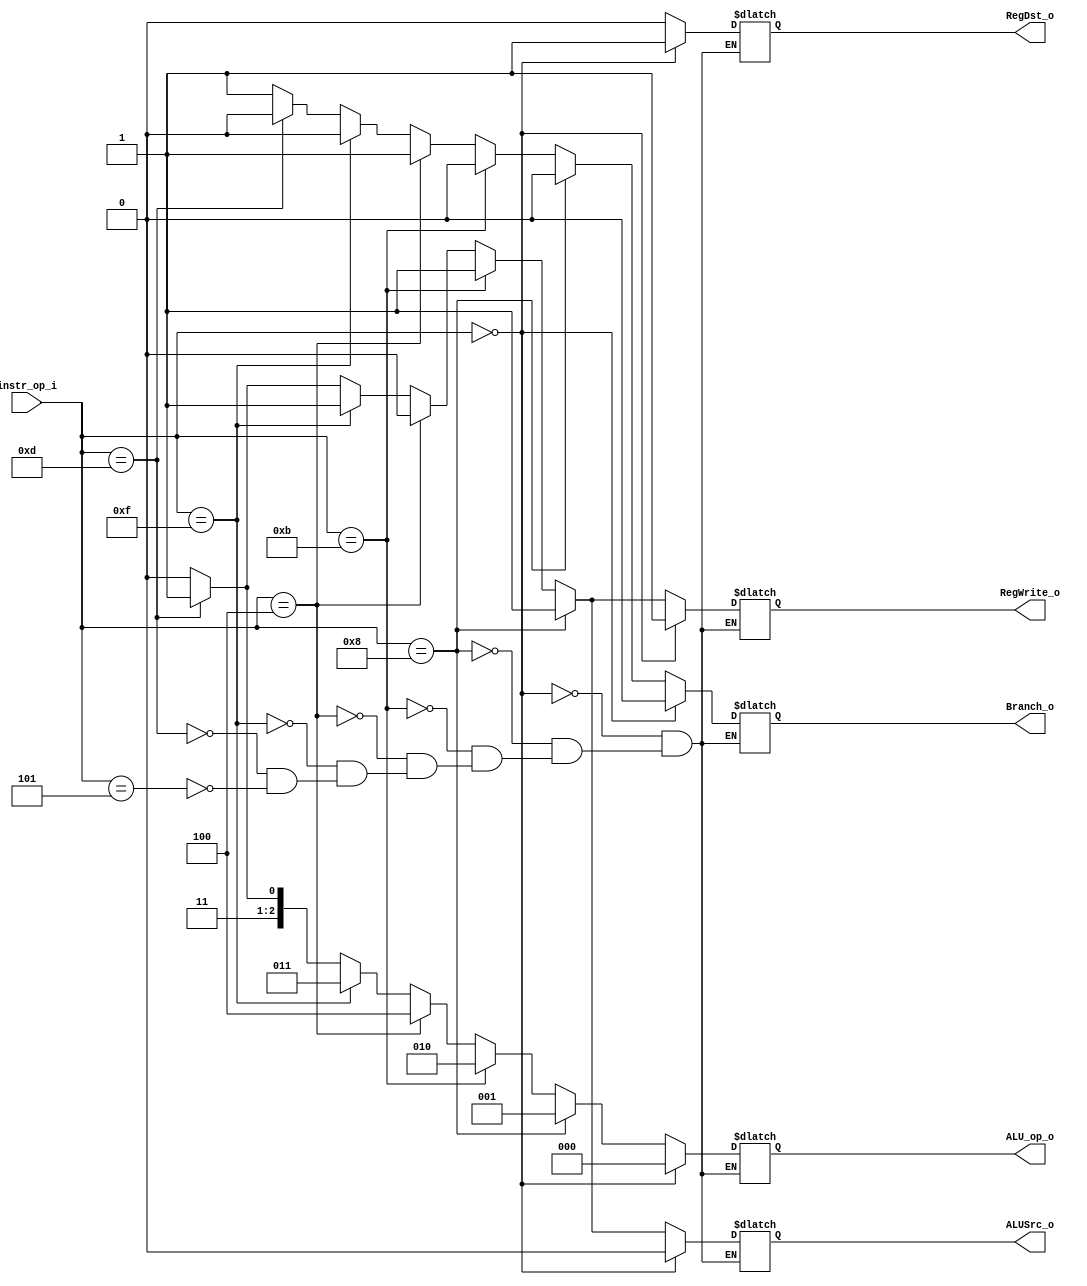

module Decoder(
    instr_op_i,
    RegWrite_o,
    ALU_op_o,
    ALUSrc_o,
    RegDst_o,
    Branch_o
    );

//I/O ports
input  [6-1:0] instr_op_i;

output         RegWrite_o;
output [3-1:0] ALU_op_o;
output         ALUSrc_o;
output         RegDst_o;
output         Branch_o;

//Internal Signals
reg    [3-1:0] ALU_op_o;
reg            ALUSrc_o;
reg            RegWrite_o;
reg            RegDst_o;
reg            Branch_o;

always @( * ) begin
	if(instr_op_i==0)begin
		RegWrite_o <= 1;
		ALU_op_o   <= 3'b000;
		ALUSrc_o   <= 0;
		RegDst_o   <= 1;
		Branch_o   <= 0;
	end
	else if(instr_op_i== 8)begin  //addi
		RegWrite_o <= 1;
		ALU_op_o   <= 3'b001;
		ALUSrc_o   <= 1;
		RegDst_o   <= 0;
		Branch_o   <= 0;
	end
	else if(instr_op_i== 11)begin //sltiu
		RegWrite_o <= 1;
		ALU_op_o   <= 3'b010;
		ALUSrc_o   <= 1;
		RegDst_o   <= 0;
		Branch_o   <= 0;
	end	
	else if(instr_op_i== 4)begin //beq
		RegWrite_o <= 0;
		ALU_op_o   <= 3'b100;
		ALUSrc_o   <= 0;
		RegDst_o   <= 0;
		Branch_o   <= 1; // not important		
	end	
	else if(instr_op_i== 15)begin //lui
		RegWrite_o <= 1;
		ALU_op_o   <= 3'b011;
		ALUSrc_o   <= 1;
		RegDst_o   <= 0;
		Branch_o   <= 0;
	end	
	else if(instr_op_i== 13)begin // ori
		RegWrite_o <= 1;
		ALU_op_o   <= 3'b111;
		ALUSrc_o   <= 1;
		RegDst_o   <= 0;
		Branch_o   <= 0;
	end	
	else if(instr_op_i==5)begin //bne
		RegWrite_o <= 0;
		ALU_op_o   <= 3'b110;
		ALUSrc_o   <= 0;
		RegDst_o   <= 0;
		Branch_o   <= 1; // not important
	end
end

endmodule